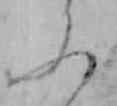
ふ